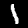
Digit: 1